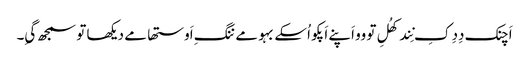
اَچنک دِدِ کِ نِند کھُلِ تو وو اَپنے اَپکو اُسکے بہو مے ننگِ اَوستھا مے دیکھا تو سمجھ گیِ۔